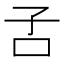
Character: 𡥄